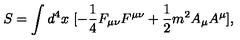
S = \int d ^ { 4 } x \ [ - \frac { 1 } { 4 } F _ { \mu \nu } F ^ { \mu \nu } + \frac { 1 } { 2 } m ^ { 2 } A _ { \mu } A ^ { \mu } ] ,